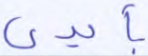
بأيدي